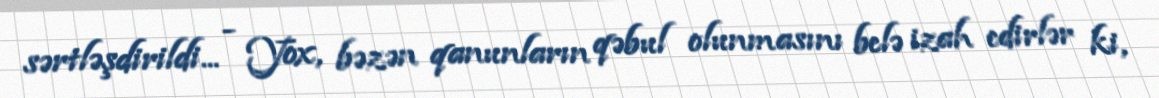
sərtləşdirildi... - Yox, bəzən qanunların qəbul olunmasını belə izah edirlər ki,